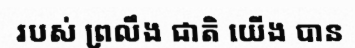
របស់ ព្រលឹង ជាតិ យើង បាន